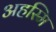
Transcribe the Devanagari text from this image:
अहस्मि